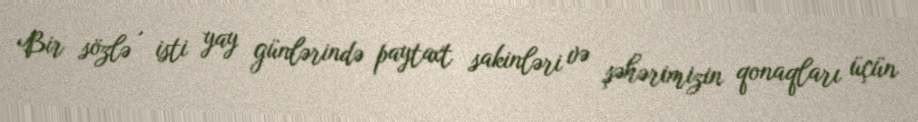
Bir sözlə , isti yay günlərində paytaxt sakinləri və şəhərimizin qonaqları üçün